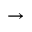
\rightarrow